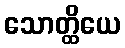
သောတ္ထိယေ